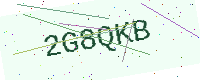
Text: 2G8QKB